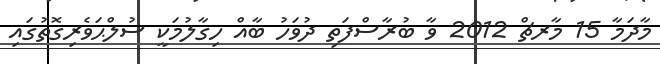
މާދަމާ 15 މާރޗް 2012 ވާ ބުރާސްފަތި ދުވަހު ބާއް ހިގާލުމަކީ ސުލްޙަވެރިގޮތުގައި